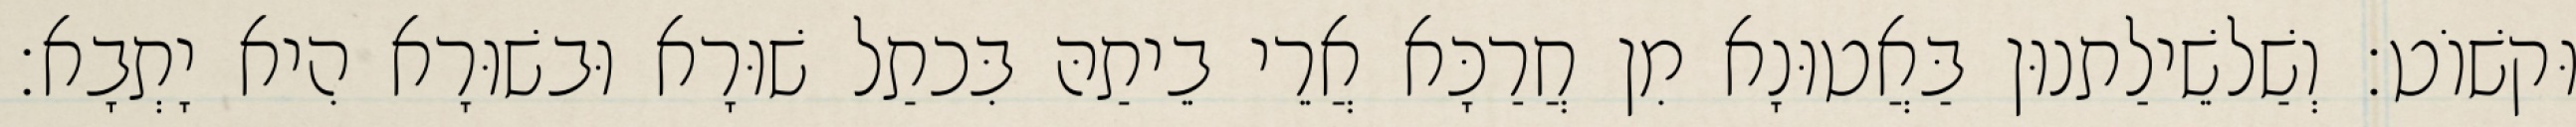
וּקשׁוֹט׃ וְשַׁלשֵׁילַתנוּן בַּאֲטוּנָא מִן חֲרַכָּא אֲרֵי בֵיתַהּ בִּכתַל שׁוּרָא וּבשׁוּרָא הִיא יָתְבָא׃